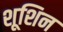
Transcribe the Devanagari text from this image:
शूशिन